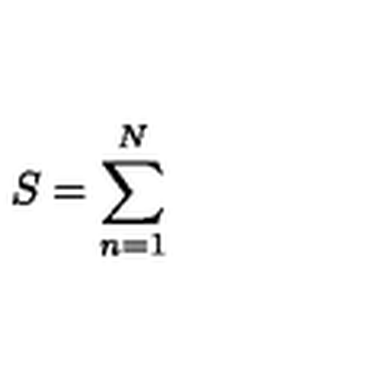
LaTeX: S = \sum _ { n = 1 } ^ { N }